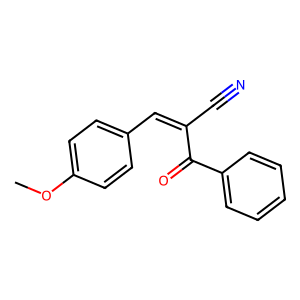
SMILES: COc1ccc(C=C(C#N)C(=O)c2ccccc2)cc1
Inhibits HIV replication: No